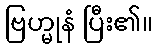
ဗြဟ္မုနံ ပြီး၏။